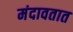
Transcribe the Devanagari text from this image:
मंदावतात